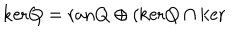
LaTeX: \mathrm { k e r } Q = \mathrm { r a n } Q \oplus ( \mathrm { k e r } Q \cap \mathrm { k e r }